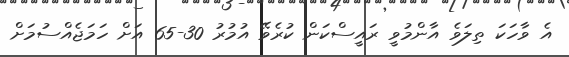
އެ ވާހަކަ ތިލަވެ އާންމުވީ ރައީސްކަން ކުރެވޭ އުމުރު 30-65 އަށް ހަމަޖެއްސުމަށް